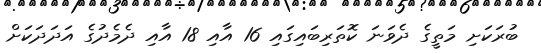
ބުރަކަށި މަތީގެ ދެވަނަ ކޮތަރިބައިގައި 16 އާއި 18 އާއި ދެމެދުގެ އަދަދަކަށް